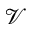
\mathcal { V }